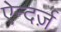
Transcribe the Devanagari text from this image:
ऐन्दर्ज़